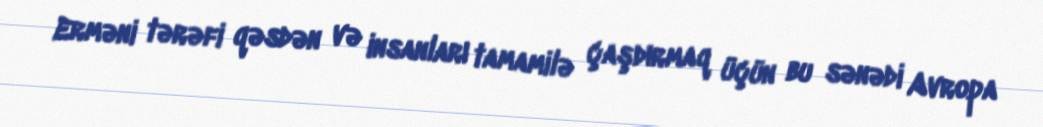
Erməni tərəfi qəsdən və insanları tamamilə çaşdırmaq üçün bu sənədi Avropa